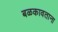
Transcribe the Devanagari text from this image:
बळकावताना